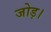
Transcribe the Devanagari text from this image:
जोड़।